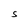
Character: C